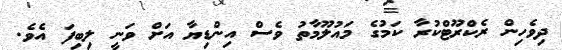
ދިވެހިން ރެކްރޫޓްކުރާ ކަމުގެ މައުލޫމާތު ވެސް އިންޑިޔާ އަށް ވަނީ ލިބިފަ އެވެ.